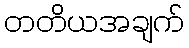
တတိယအချက်